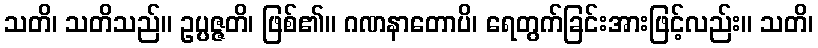
သတိ၊ သတိသည်။ ဥပ္ပဇ္ဇတိ၊ ဖြစ်၏။ ဂဏနာတောပိ၊ ရေတွက်ခြင်းအားဖြင့်လည်း။ သတိ၊